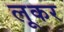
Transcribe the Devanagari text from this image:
लूकर